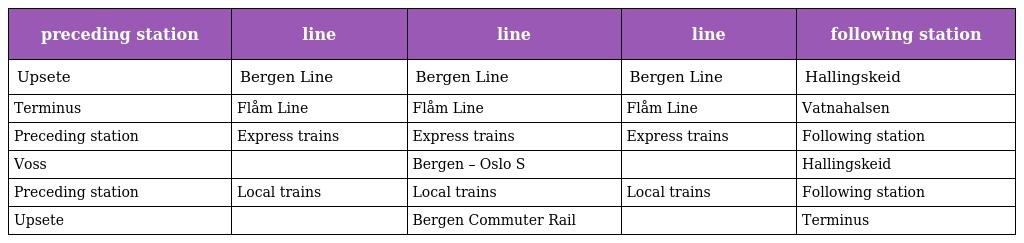
| preceding station | line | line | line | following station |
 | --- | --- | --- | --- | --- |
 | Upsete | Bergen Line | Bergen Line | Bergen Line | Hallingskeid |
 | Terminus | Flåm Line | Flåm Line | Flåm Line | Vatnahalsen |
 | Preceding station | Express trains | Express trains | Express trains | Following station |
 | Voss |  | Bergen – Oslo S |  | Hallingskeid |
 | Preceding station | Local trains | Local trains | Local trains | Following station |
 | Upsete |  | Bergen Commuter Rail |  | Terminus |